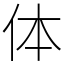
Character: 体